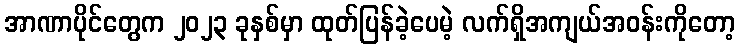
အာဏာပိုင်တွေက ၂၀၂၃ ခုနှစ်မှာ ထုတ်ပြန်ခဲ့ပေမဲ့ လက်ရှိအကျယ်အဝန်းကိုတော့